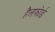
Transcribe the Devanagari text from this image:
हैलफोर्ड